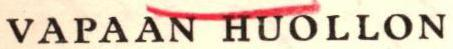
VAPAAN HUOLLON